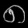
Digit: ၈